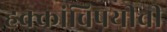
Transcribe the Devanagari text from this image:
हक्कांविषयीची